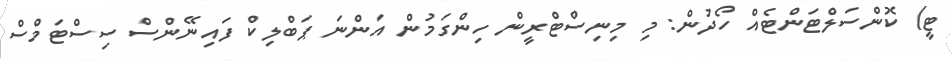
ޓީ) ކޮންސަލްޓަންޓެއް ހޯދުން: މި މިނިސްޓްރީން ހިންގަމުން އަންނަ ޕަބްލިކް ފައިނޭންސް ސިސްޓަމްސް